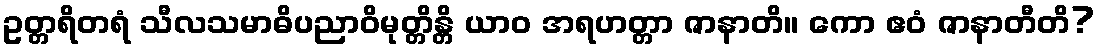
ဥတ္တရိတရံ သီလသမာဓိပညာဝိမုတ္တိန္တိ ယာဝ အရဟတ္တာ ဇာနာတိ။ ကော ဧဝံ ဇာနာတီတိ?